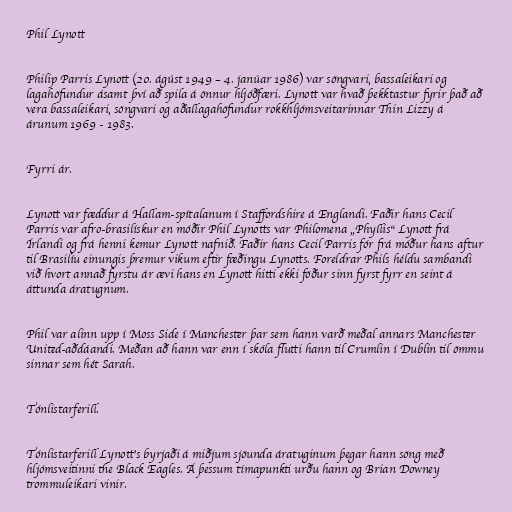
Phil Lynott

Philip Parris Lynott (20. ágúst 1949 – 4. janúar 1986) var söngvari, bassaleikari og
lagahöfundur ásamt því að spila á önnur hljóðfæri. Lynott var hvað þekktastur fyrir það að
vera bassaleikari, söngvari og aðallagahöfundur rokkhljómsveitarinnar Thin Lizzy á
árunum 1969 - 1983.

Fyrri ár.

Lynott var fæddur á Hallam-spítalanum í Staffordshire á Englandi. Faðir hans Cecil
Parris var afro-brasilískur en móðir Phil Lynotts var Philomena „Phyllis“ Lynott frá
Írlandi og frá henni kemur Lynott nafnið. Faðir hans Cecil Parris fór frá móður hans aftur
til Brasilíu einungis þremur vikum eftir fæðingu Lynotts. Foreldrar Phils héldu sambandi
við hvort annað fyrstu ár ævi hans en Lynott hitti ekki föður sinn fyrst fyrr en seint á
áttunda áratugnum.

Phil var alinn upp í Moss Side í Manchester þar sem hann varð meðal annars Manchester
United-aðdáandi. Meðan að hann var enn í skóla flutti hann til Crumlin í Dublin til ömmu
sinnar sem hét Sarah.

Tónlistarferill.

Tónlistarferill Lynott's byrjaði á miðjum sjöunda áratuginum þegar hann söng með
hljómsveitinni the Black Eagles. Á þessum tímapunkti urðu hann og Brian Downey
trommuleikari vinir.